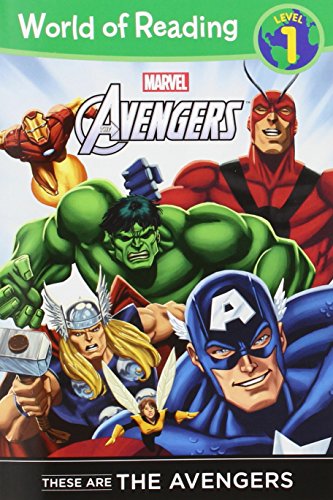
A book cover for These are The Avengers Level 1 Reader (World of Reading); Disney Book Group; Children's Books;